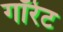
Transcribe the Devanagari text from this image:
गॉरेट